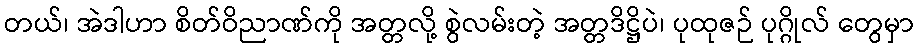
တယ်၊ အဲဒါဟာ စိတ်ဝိညာဏ်ကို အတ္တလို့ စွဲလမ်းတဲ့ အတ္တဒိဋ္ဌိပဲ၊ ပုထုဇဉ် ပုဂ္ဂိုလ် တွေမှာ